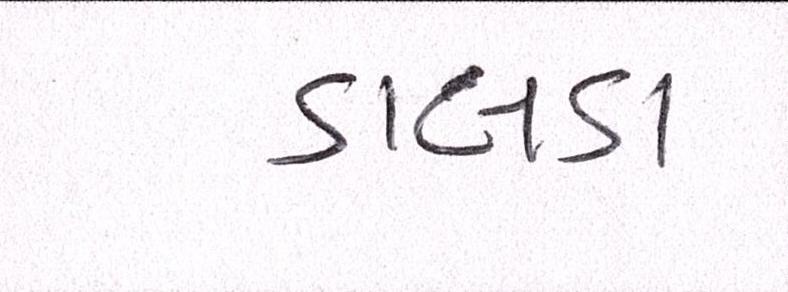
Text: ડાલડા